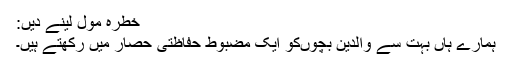
خطرہ مول لینے دیں:
ہمارے ہاں بہت سے والدین بچوںکو ایک مضبوط حفاظتی حصار میں رکھتے ہیں۔